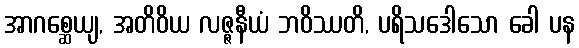
အာဂစ္ဆေယျ, အတိဝိယ လဇ္ဇနီယံ ဘဝိဿတိ, ပရိသဒေါသော ခေါ ပန